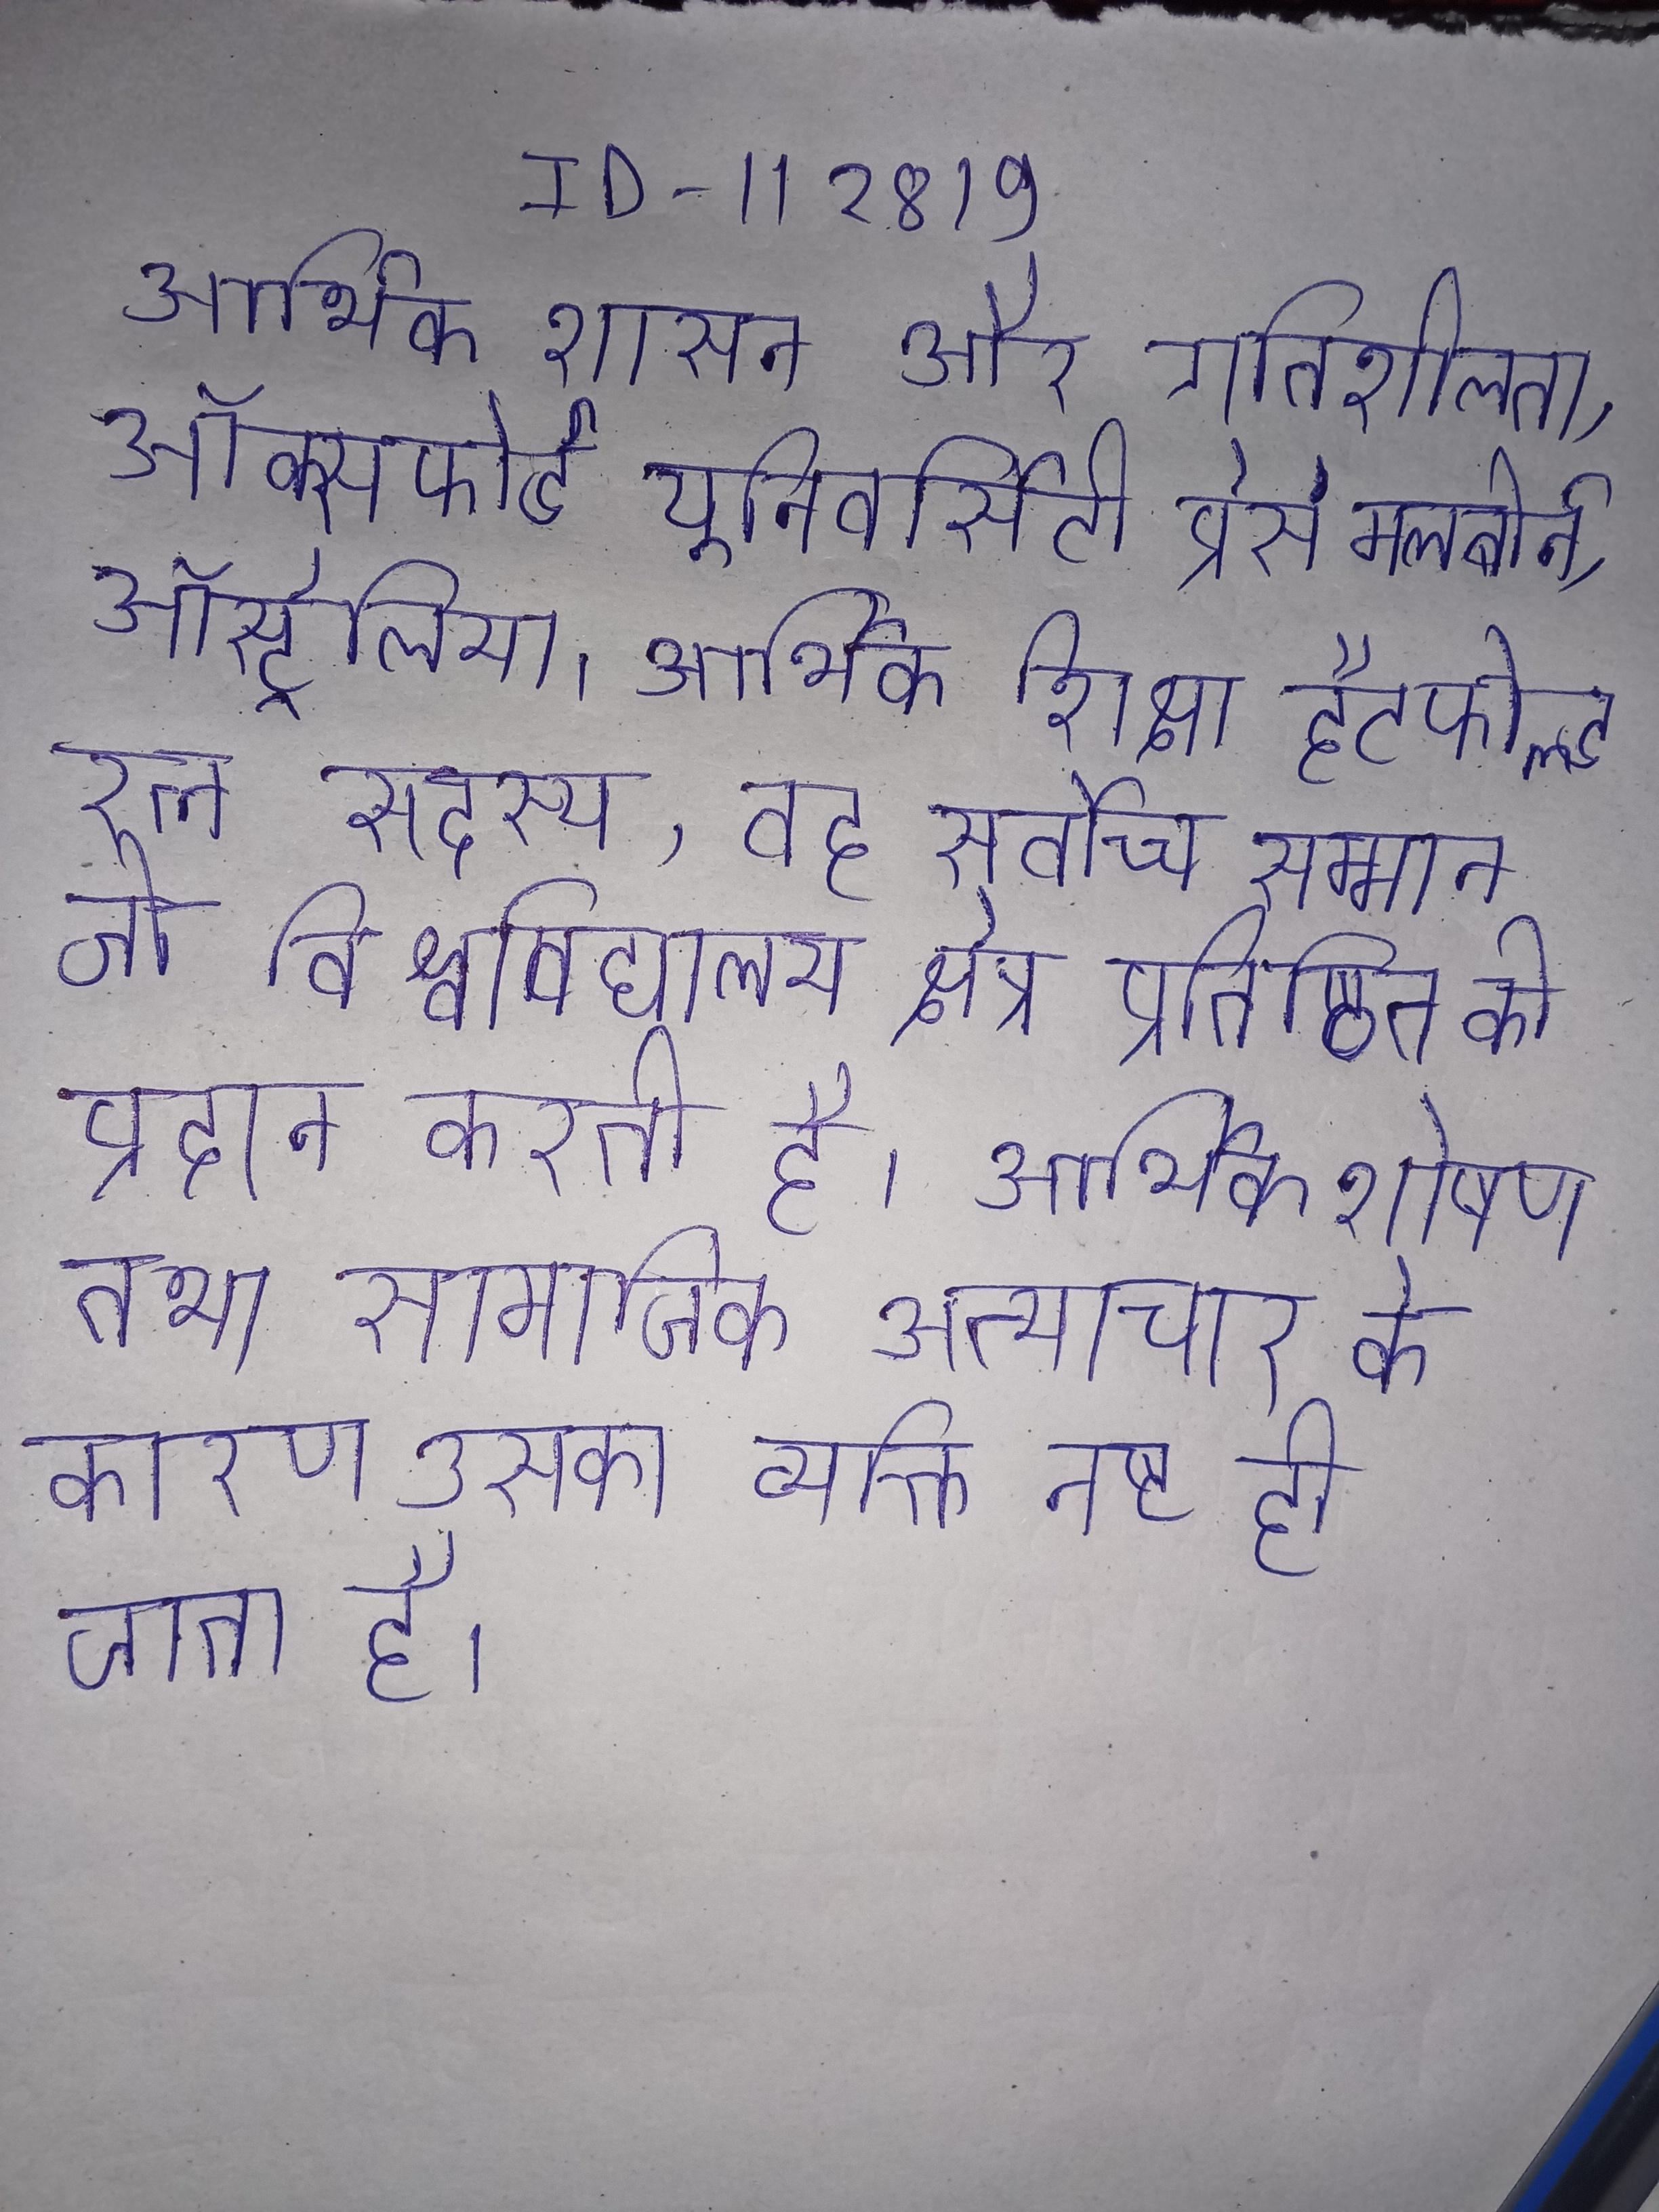
आर्थिक शासन और गतिशीलता, ऑक्सफोर्ड यूनिवर्सिटी प्रेस मेलबोर्न, ऑस्ट्रेलिया । आर्थिक शिक्षा हैटफील्ड रत्न सदस्य, वह सर्वोच्च सम्मान जो विश्वविद्यालय क्षेत्र प्रतिष्ठित को प्रदान करती है । आर्थिक शोषण तथा सामाजिक अत्याचार के कारण उसका व्यक्ति नष्ट हो जाता है ।